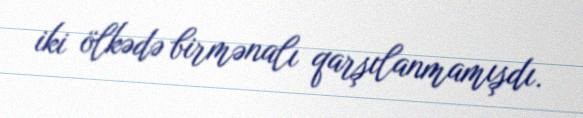
iki ölkədə birmənalı qarşılanmamışdı.